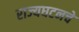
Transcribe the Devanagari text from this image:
राज्यघटनचे